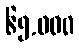
၆၅,၀၀၀